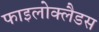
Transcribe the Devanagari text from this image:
फाइलोक्लैडस